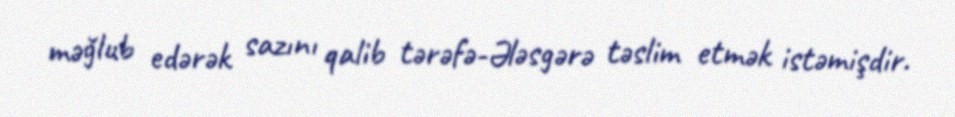
məğlub edərək sazını qalib tərəfə-Ələsgərə təslim etmək istəmişdir.